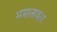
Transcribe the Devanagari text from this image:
मसलकर